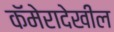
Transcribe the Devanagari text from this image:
कॅमेरादेखील